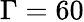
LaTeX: \Gamma=60